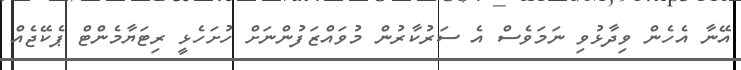
އޭނާ އެހެން ވިދާޅުވި ނަމަވެސް އެ ސަރުކާރުން މުވައްޒަފުންނަށް ހުށަހެޅީ ރިޓަޔާމެންޓް ޕެކޭޖެއް